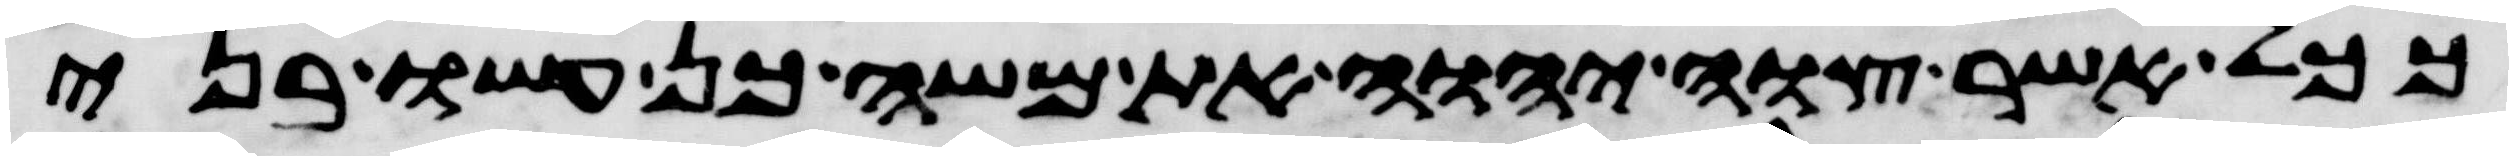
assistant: ככל אשר צוה יהוה את משה כן עשו בני